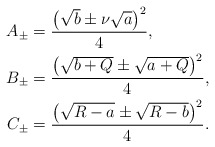
\begin{align*}A_\pm&=\frac{\big(\sqrt{b}\pm\nu\sqrt{a}\big)^2}{4},\\B_\pm&=\frac{\left(\sqrt{b+Q}\pm\sqrt{a+Q}\right)^2}{4},\\C_\pm&=\frac{\left(\sqrt{R-a}\pm\sqrt{R-b}\right)^2}{4}.\end{align*}